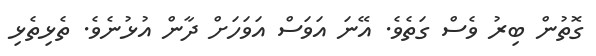
ގޮތުން ބިރު ވެސް ގަތެވެ. އޭނަ އަވަސް އަވަހަށް ދާން އުޅުނެވެ. ތެޅިތެޅި